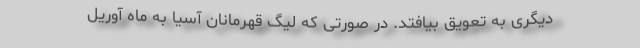
دیگری به تعویق بیافتد. در صورتی که لیگ قهرمانان آسیا به ماه آوریل